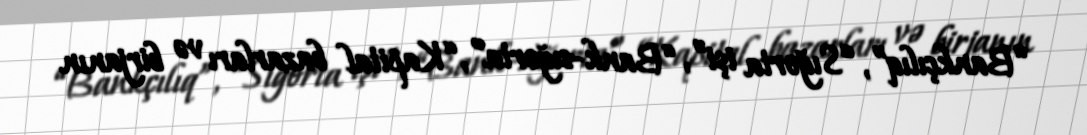
“Bankçılıq”, “Sığorta işi”, “Bank-sığorta”, “Kapital bazarları və birjanın